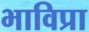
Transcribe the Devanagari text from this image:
भाविप्रा